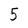
Character: 5